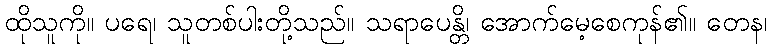
ထိုသူကို။ ပရေ၊ သူတစ်ပါးတို့သည်။ သရာပေန္တိ၊ အောက်မေ့စေကုန်၏။ တေန၊